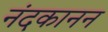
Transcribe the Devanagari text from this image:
नंदकानन